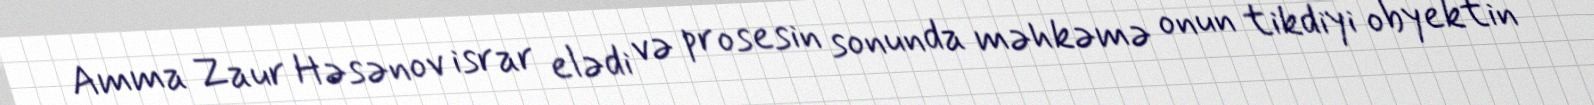
Amma Zaur Həsənov israr elədi və prosesin sonunda məhkəmə onun tikdiyi obyektin